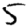
Digit: 5